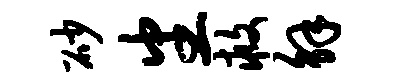
砂番救解